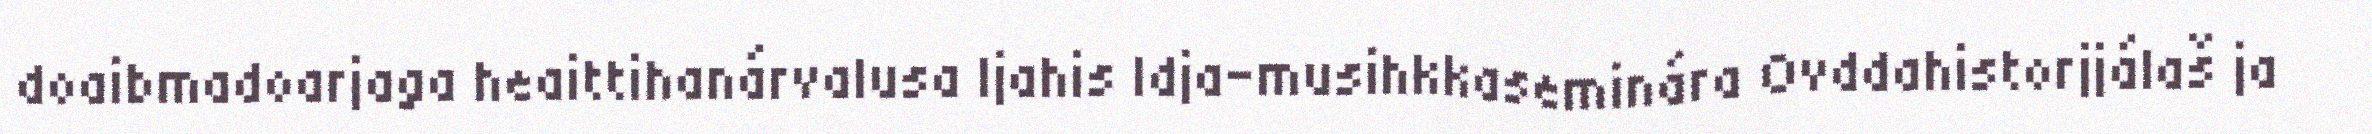
doaibmadoarjaga heaittihanárvalusa Ijahis Idja-musihkkaseminára Ovddahistorjjálaš ja